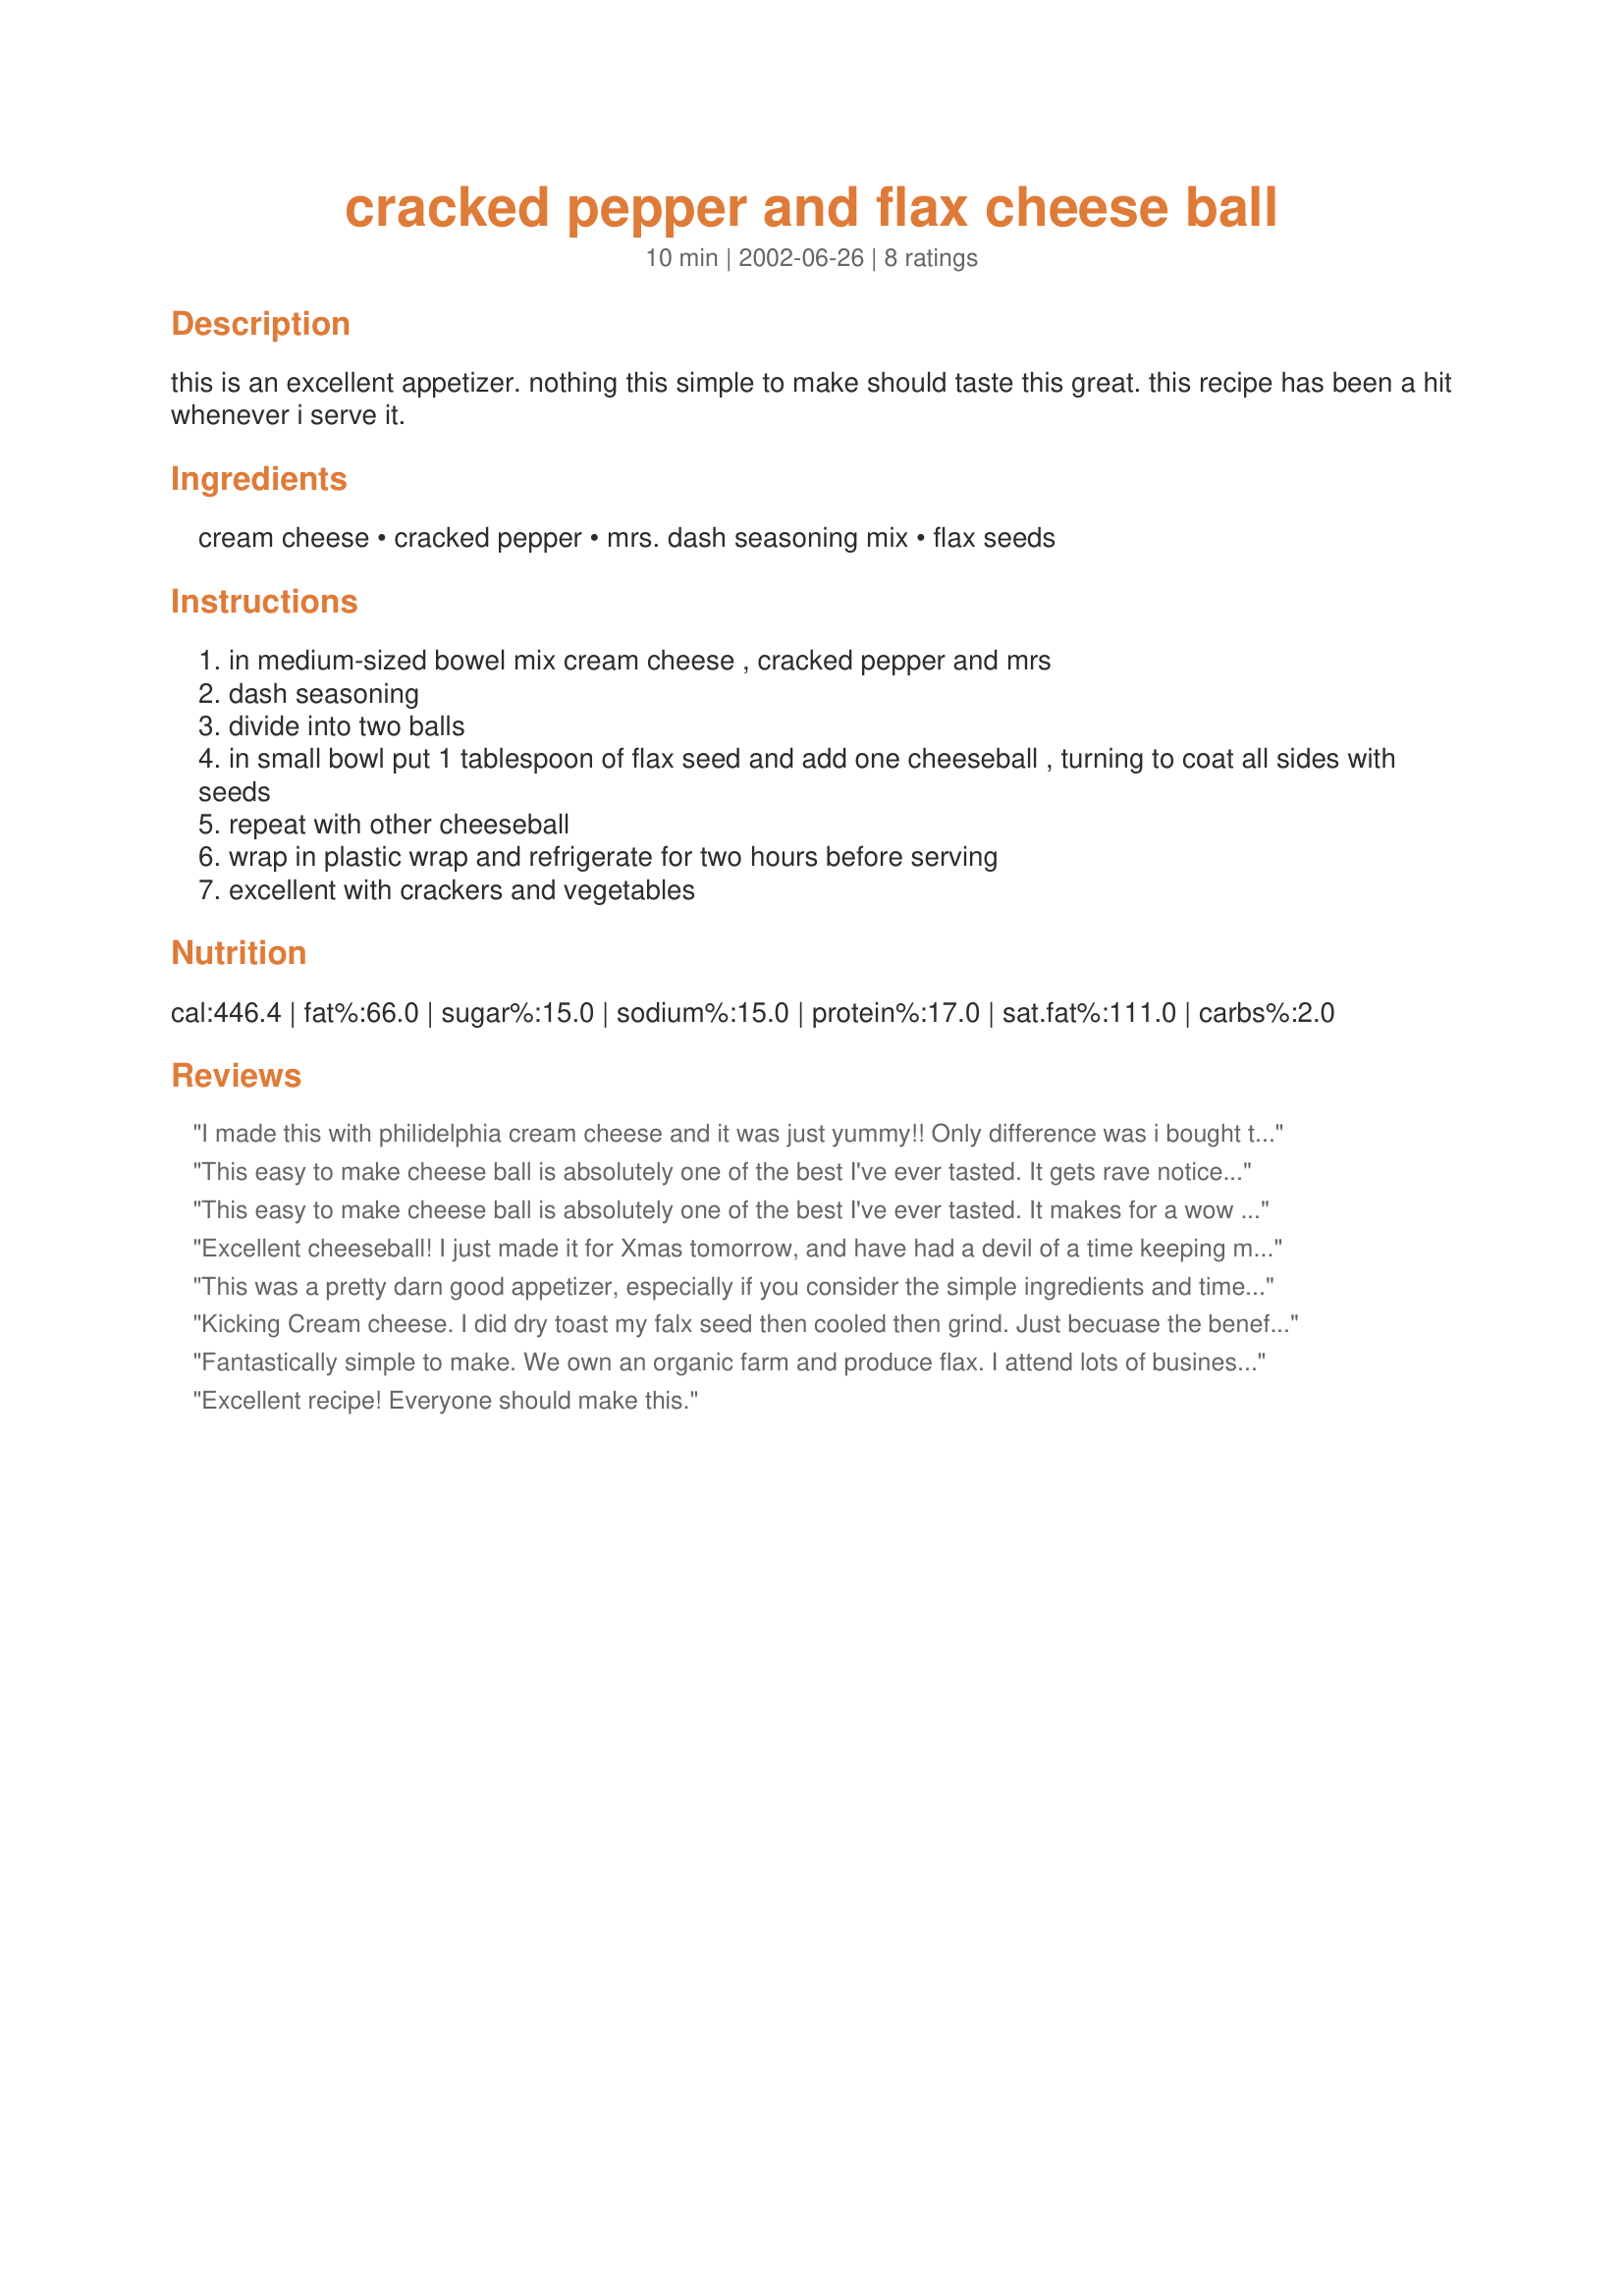
cracked pepper and flax cheese ball
Preparation time: 10 minutes

this is an excellent appetizer. nothing this simple to make should taste this great. this recipe has been a hit whenever i serve it.

Ingredients:
cream cheese, cracked pepper, mrs. dash seasoning mix, flax seeds

Steps:
in medium-sized bowel mix cream cheese , cracked pepper and mrs
dash seasoning
divide into two balls
in small bowl put 1 tablespoon of flax seed and add one cheeseball , turning to coat all sides with seeds
repeat with other cheeseball
wrap in plastic wrap and refrigerate for two hours before serving
excellent with crackers and vegetables

Reviews:
I made this with philidelphia cream cheese and it was just yummy!! Only difference was i bought the flax seed(what we call linseed)already ground. I lightly toasted it in a dry frypan...i found the flax/linseed sunk in a little(not quite an even coat)so next time i will refridgerate the already prepared cheese balls for a while...prior to coating in the flax/linseed.Will also try whole flax/linseed when im finished with the ground stuff!!!definately a hit!!!!!!Will make for all occasions..very quick, very yummy!!!Enjoy!!!P.S. I used McCormicks seasons all as Mrs Dash is not available in Australia...The same thing I'm sure!!!
This easy to make cheese ball is absolutely one of the best I've ever tasted. It gets rave notices when ever I serve it. Don't let the simple ingredients and ease of preparation have you over look this recipe. Be sure to have plenty of print outs on hand when serving because you will have guests standing in line requesting this one.
This easy to make cheese ball is absolutely one of the best I've ever tasted. It makes for a wow with guests - and makes for great presentation. Has guests asking if it was from a speciality shop - than of course come the recipe requests. Don't let the simple ingredients and ease of preparation have you over look this awesome cheese ball. February 2009 - have been making this cheese ball since 2004, recently found a bottle of mixed peppercorns - made one ball using the cracked pepper - the mixed for the other. Same great taste - one recipe made for looking like I had made two. Thank you Darlene - it's a winner big time at our house and one of the first to come to mind when planning for special occasions.
Excellent cheeseball! I just made it for Xmas tomorrow, and have had a devil of a time keeping my fingers from "testing" it! I just know it will be well received. Thank you!
This was a pretty darn good appetizer, especially if you consider the simple ingredients and time to make. I needed a last minute appetizer and had everything for this. I spooned the cream cheese into a oversized coffee cup lined with plastic, sprinkled the flax seeds all over, then gathered up the plastic and twisted it to make a nice ball. (I made just one ball). Unwrapped it after chilling and gently pressed seeds into any gaps. Served with crackers, celery and carrot sticks, the celery sticks seemed to be the favorite. The teenagers would not touch it, but a number of the adults enjoyed it.
Kicking Cream cheese. I did dry toast my falx seed then cooled then grind. Just becuase the benefits are so much greater.If not the seeds go right though you.
Fight Constipation, Diarrhea & IBS
• Combat Cholesterol and Heart Disease
• Guard Against Hypertension
• Prevent Cancer
• Deter Diabetes
• Boost Immune System
• Manage Weight
• Enhance Memory, Mood, & Attention
• Reduce Symptoms of Menopause

Fantastically simple to make. We own an organic farm and produce flax. I attend lots of business/food expos to promote our flax. I made this spread for our last event and rave reviews. The only change I made was to dip each spread cracker with toasted whole flax seed. My sample table was the most visited table at the food expo! Thanks for a simple, great way to showcase my product!
Excellent recipe! Everyone should make this.
